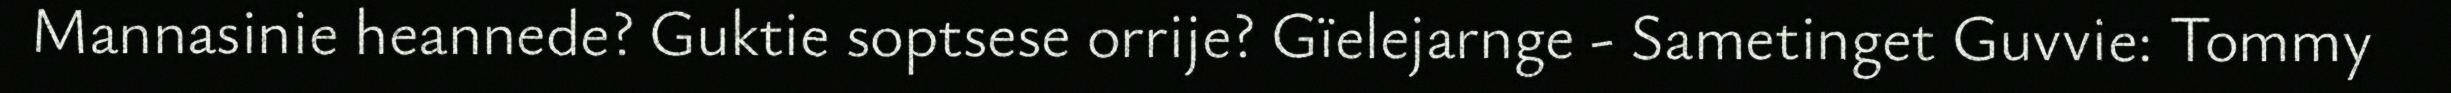
Mannasinie heannede? Guktie soptsese orrije? Gïelejarnge - Sametinget Guvvie: Tommy